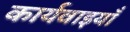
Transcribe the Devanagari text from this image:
कार्यवाइयाँ